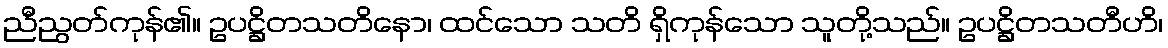
ညီညွတ်ကုန်၏။ ဥပဋ္ဌိတသတိနော၊ ထင်သော သတိ ရှိကုန်သော သူတို့သည်။ ဥပဋ္ဌိတသတီဟိ၊